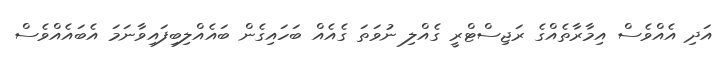
އަދި އެއްވެސް އިމާރާތެއްގެ ރަޖިސްޓްރީ ގެއްލި ނުވަތަ ގެއެއް ބަހައިގެން ބައެއްލިބިފައިވާނަމަ އެބައެއްވެސް